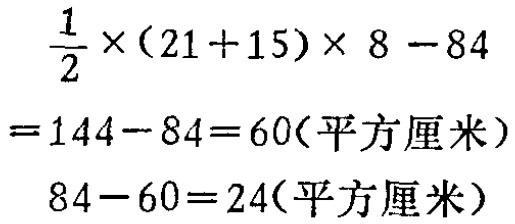
\(\frac{1}{2} \times(21 + 15)\times 8 - 84\)

\(= 144 - 84 = 60(\text{平方厘米})\)

\(84 - 60 = 24(\text{平方厘米})\)